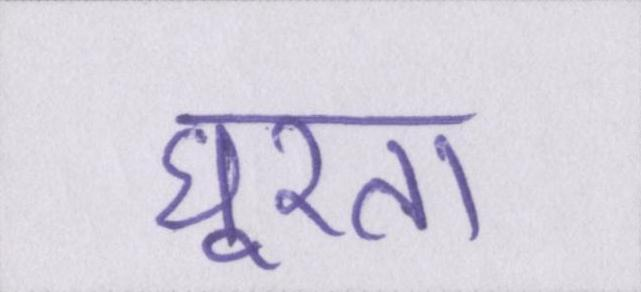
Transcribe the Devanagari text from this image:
घूरता